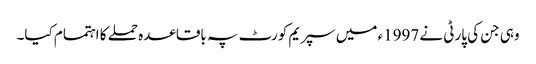
وہی جن کی پارٹی نے 1997ء میں سپریم کورٹ پہ باقاعدہ حملے کا اہتمام کیا۔